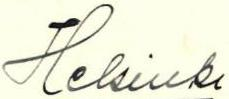
Helsinki